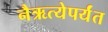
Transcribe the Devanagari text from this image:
नैऋत्येपर्यंत